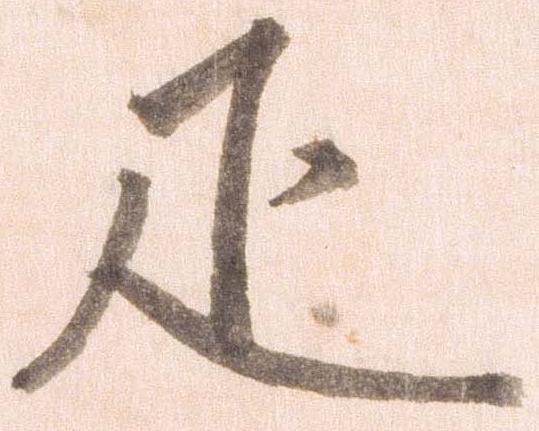
疋